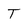
Character: T